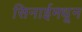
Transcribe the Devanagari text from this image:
सिनाईमधून